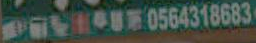
PU0564318683